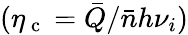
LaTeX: (\eta_{\mathrm{~c~}}=\bar{Q}/\bar{n}h\nu_{i})